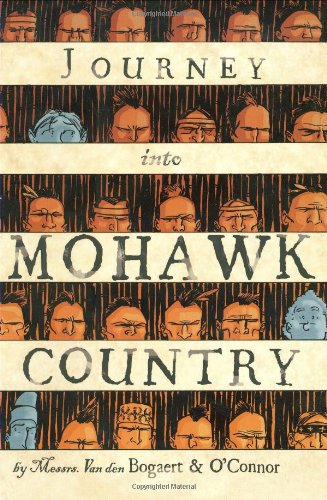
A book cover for Journey Into Mohawk Country; George O'Connor; Comics & Graphic Novels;